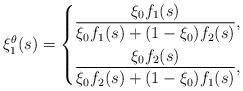
LaTeX: \begin{align*}\xi_1^\theta(s)=\left\{\begin{aligned}&\frac{\xi_0f_1(s) }{\xi_0 f_1(s)+(1-\xi_0)f_2(s)},&&\\&\frac{\xi_0f_2(s) }{\xi_0 f_2(s)+(1-\xi_0)f_1(s)},&&\end{aligned}\right.\end{align*}